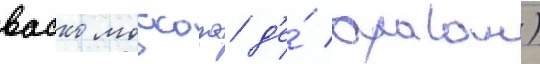
васко москозо д'е́ араган)